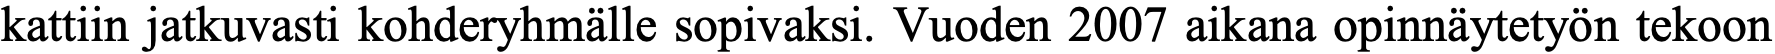
kattiin jatkuvasti kohderyhmälle sopivaksi. Vuoden 2007 aikana opinnäytetyön tekoon